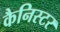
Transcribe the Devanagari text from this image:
कैनिस्टर